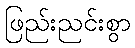
ဖြည်းညင်းစွာ